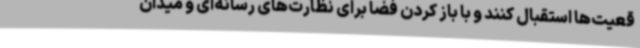
قعیت‌ها استقبال کنند و با باز کردن فضا برای نظارت‌های رسانه‌ای و میدان